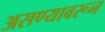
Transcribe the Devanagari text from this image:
असण्यावरून